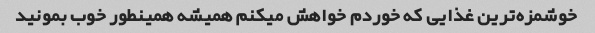
خوشمزه‌ترین غذایی که خوردم خواهش میکنم همیشه همینطور خوب بمونید